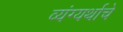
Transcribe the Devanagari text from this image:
व्यंग्यर्थाचे